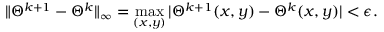
\| \Theta ^ { k + 1 } - \Theta ^ { k } \| _ { \infty } = \operatorname* { m a x } _ { ( x , y ) } | \Theta ^ { k + 1 } ( x , y ) - \Theta ^ { k } ( x , y ) | < \epsilon .